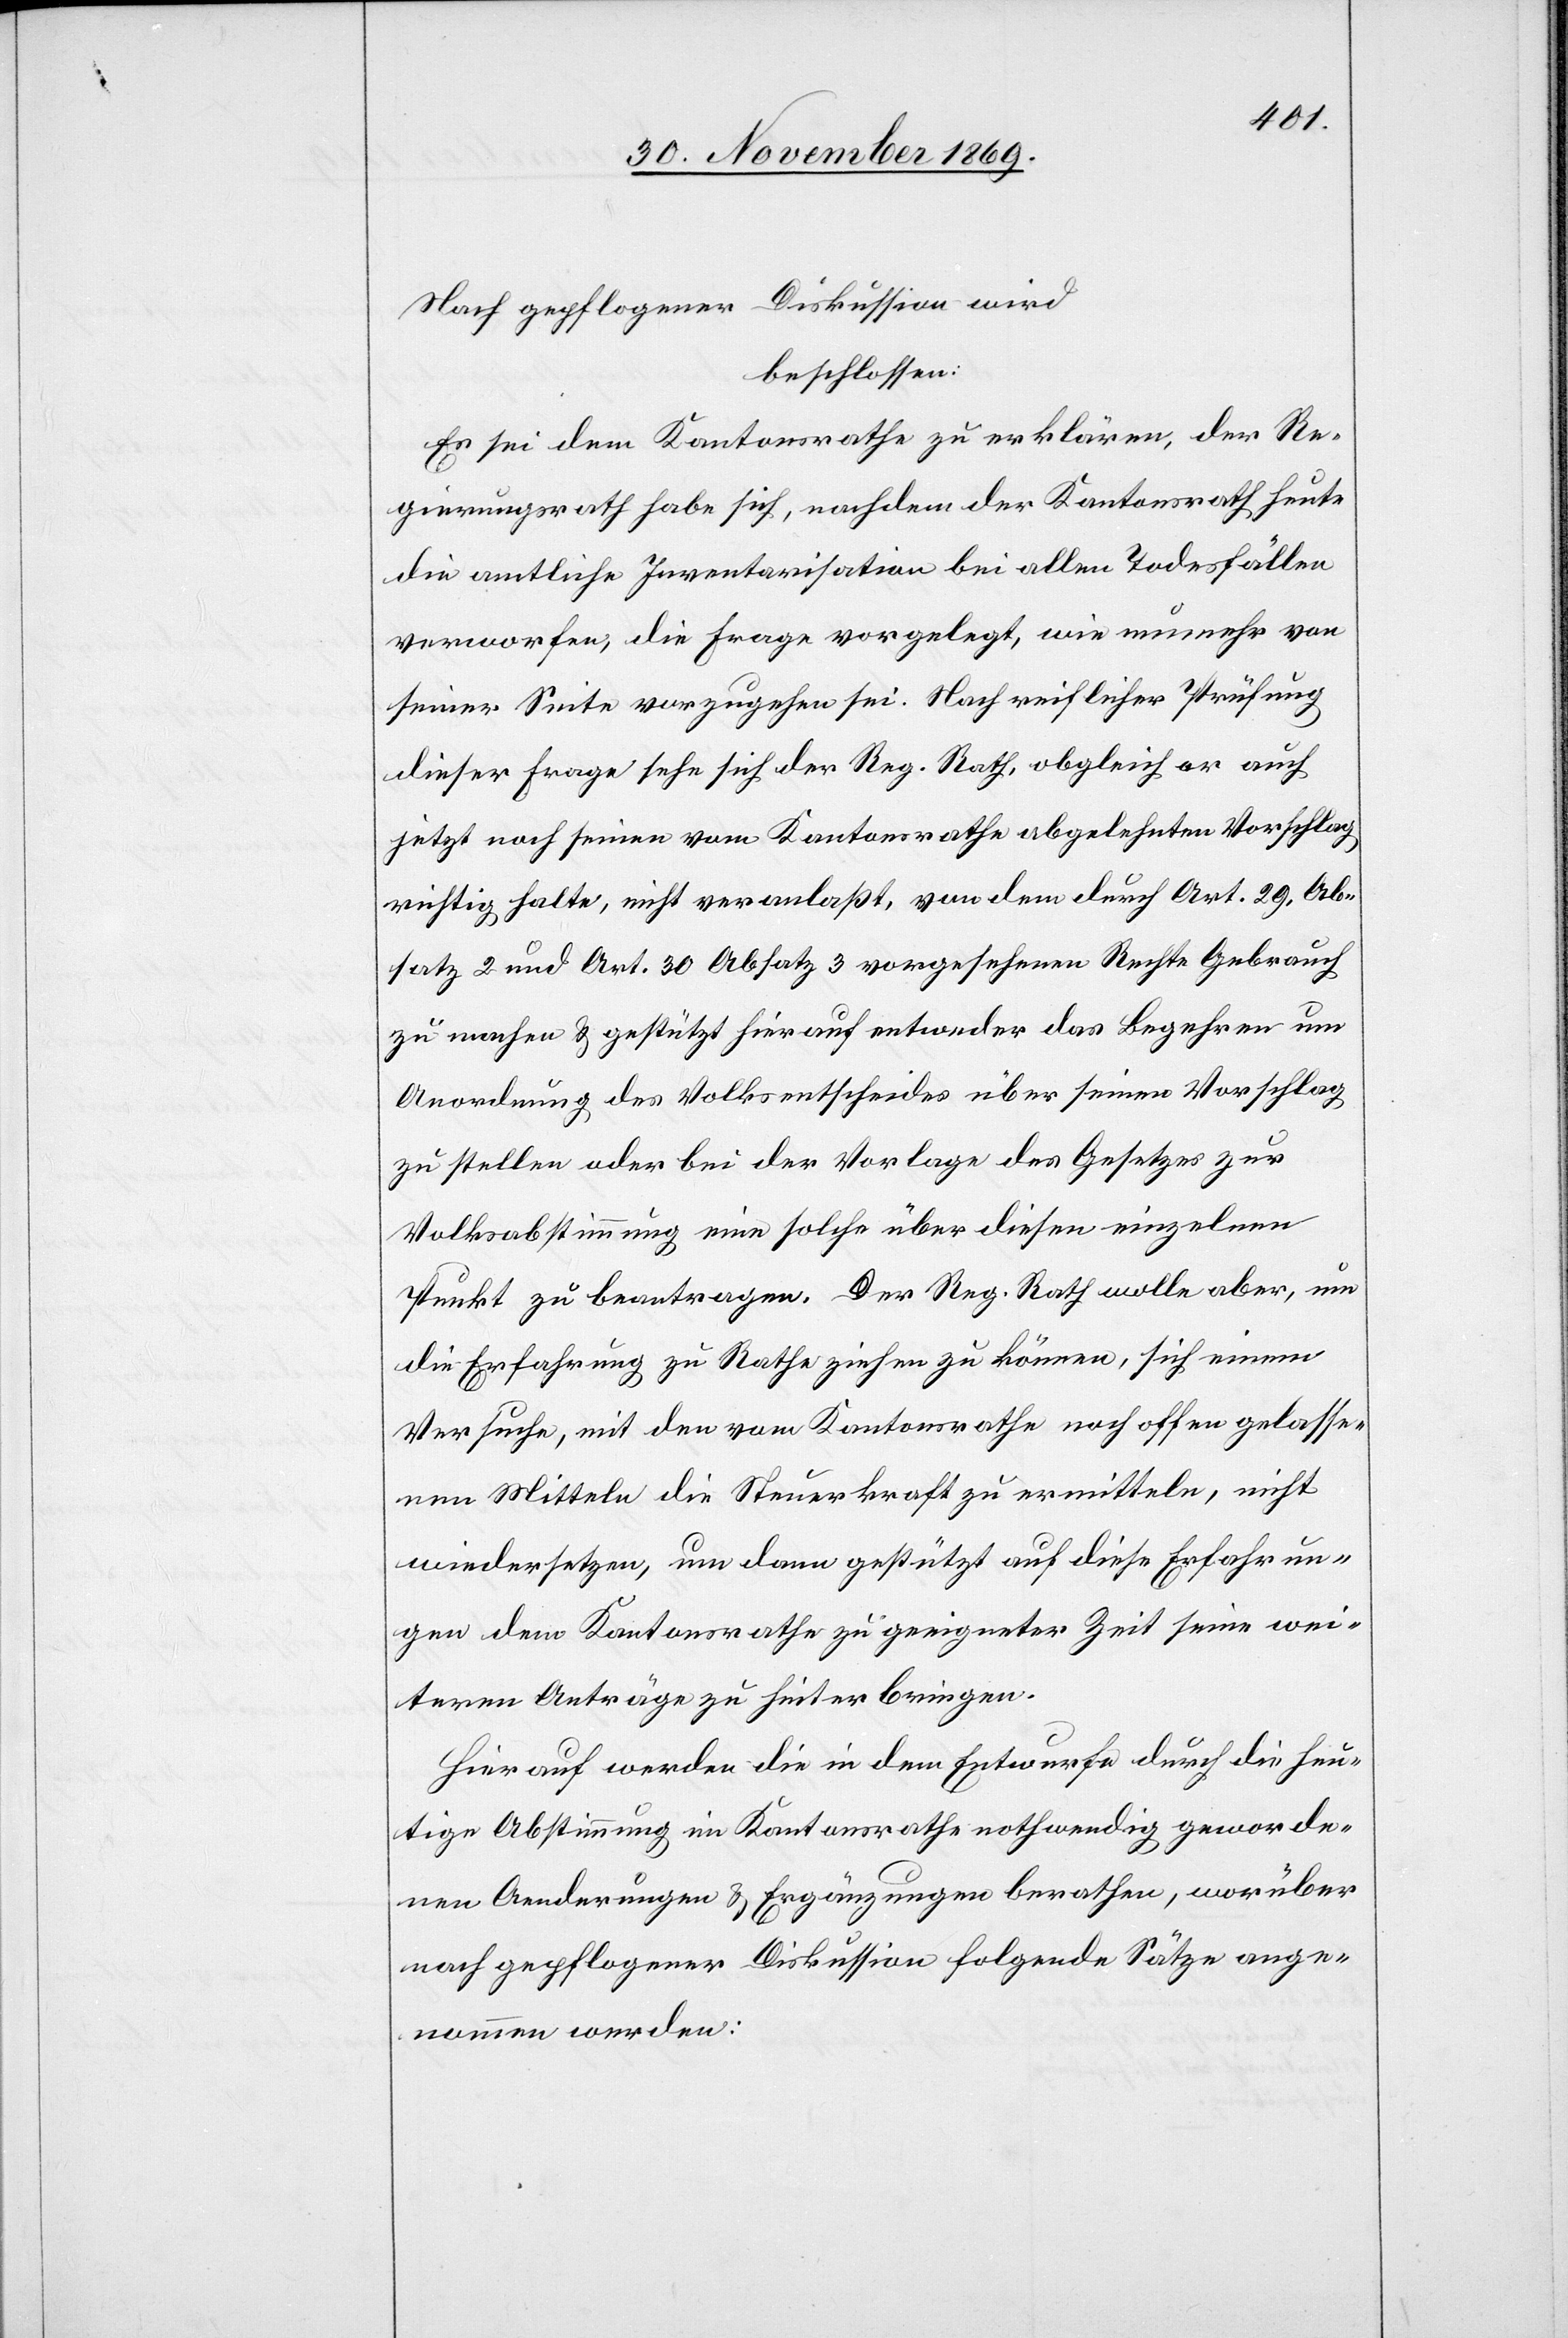
Nach gepflogener Diskussion wird
beschlossen:
Es sei dem Kantonsrathe zu erklären, der Re¬
gierungsrath habe sich, nachdem der Kantonsrath heute
die amtliche Inventarisation bei allen Todesfällen
verworfen, die Frage vorgelegt, wie nunmehr von
seiner Seite vorzugehen sei. Nach reiflicher Prüfung
dieser Frage sehe sich der Reg. Rath, obgleich er auch
jetzt noch seinen vom Kantonsrathe abgelehnten Vorschlag
richtig halte, nicht veranlaßt, von dem durch Art. 29, Ab¬
satz 2 und Art. 30 Absatz 3 vorgesehenen Rechte Gebrauch
zu machen & gestützt hierauf entweder das Begehren um
Anordnung des Volksentscheides über seinen Vorschlag
zu stellen oder bei der Vorlage des Gesetzes zur
Volksabstimmung eine solche über diesen einzelnen
Punkt zu beantragen. Der Reg. Rath wolle aber, um
die Erfahrung zu Rathe ziehen zu können, sich einem
Versuche, mit den vom Kantonsrathe noch offen gelasse¬
nen Mitteln die Steuerkraft zu ermitteln, nicht
wiedersetzen, um dann gestützt auf diese Erfahrun¬
gen dem Kantonsrathe zu geeigneter Zeit seine wei¬
teren Anträge zu hinterbringen.
Hierauf werden die in dem Entwurfe durch die heu¬
tige Abstimmung im Kantonsrathe nothwendig geworde¬
nen Aenderungen & Ergänzungen berathen, worüber
nach gepflogener Diskussion folgende Sätze ange¬
nommen werden: